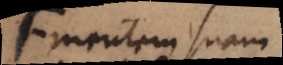
mentem suam